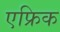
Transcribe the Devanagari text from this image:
एफ्रिक